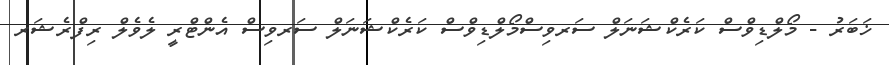
ޚަބަރު - މޯލްޑިވްސް ކަރެކްޝަނަލް ސަރވިސްމޯލްޑިވްސް ކަރެކްޝަނަލް ސަރވިސް އެންޓްރީ ލެވެލް ރިފްރެޝަރ